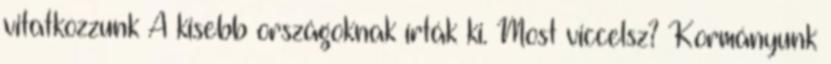
vitatkozzunk A kisebb országoknak írták ki. Most viccelsz? Kormányunk